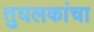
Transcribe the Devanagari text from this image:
तुघलकांचा